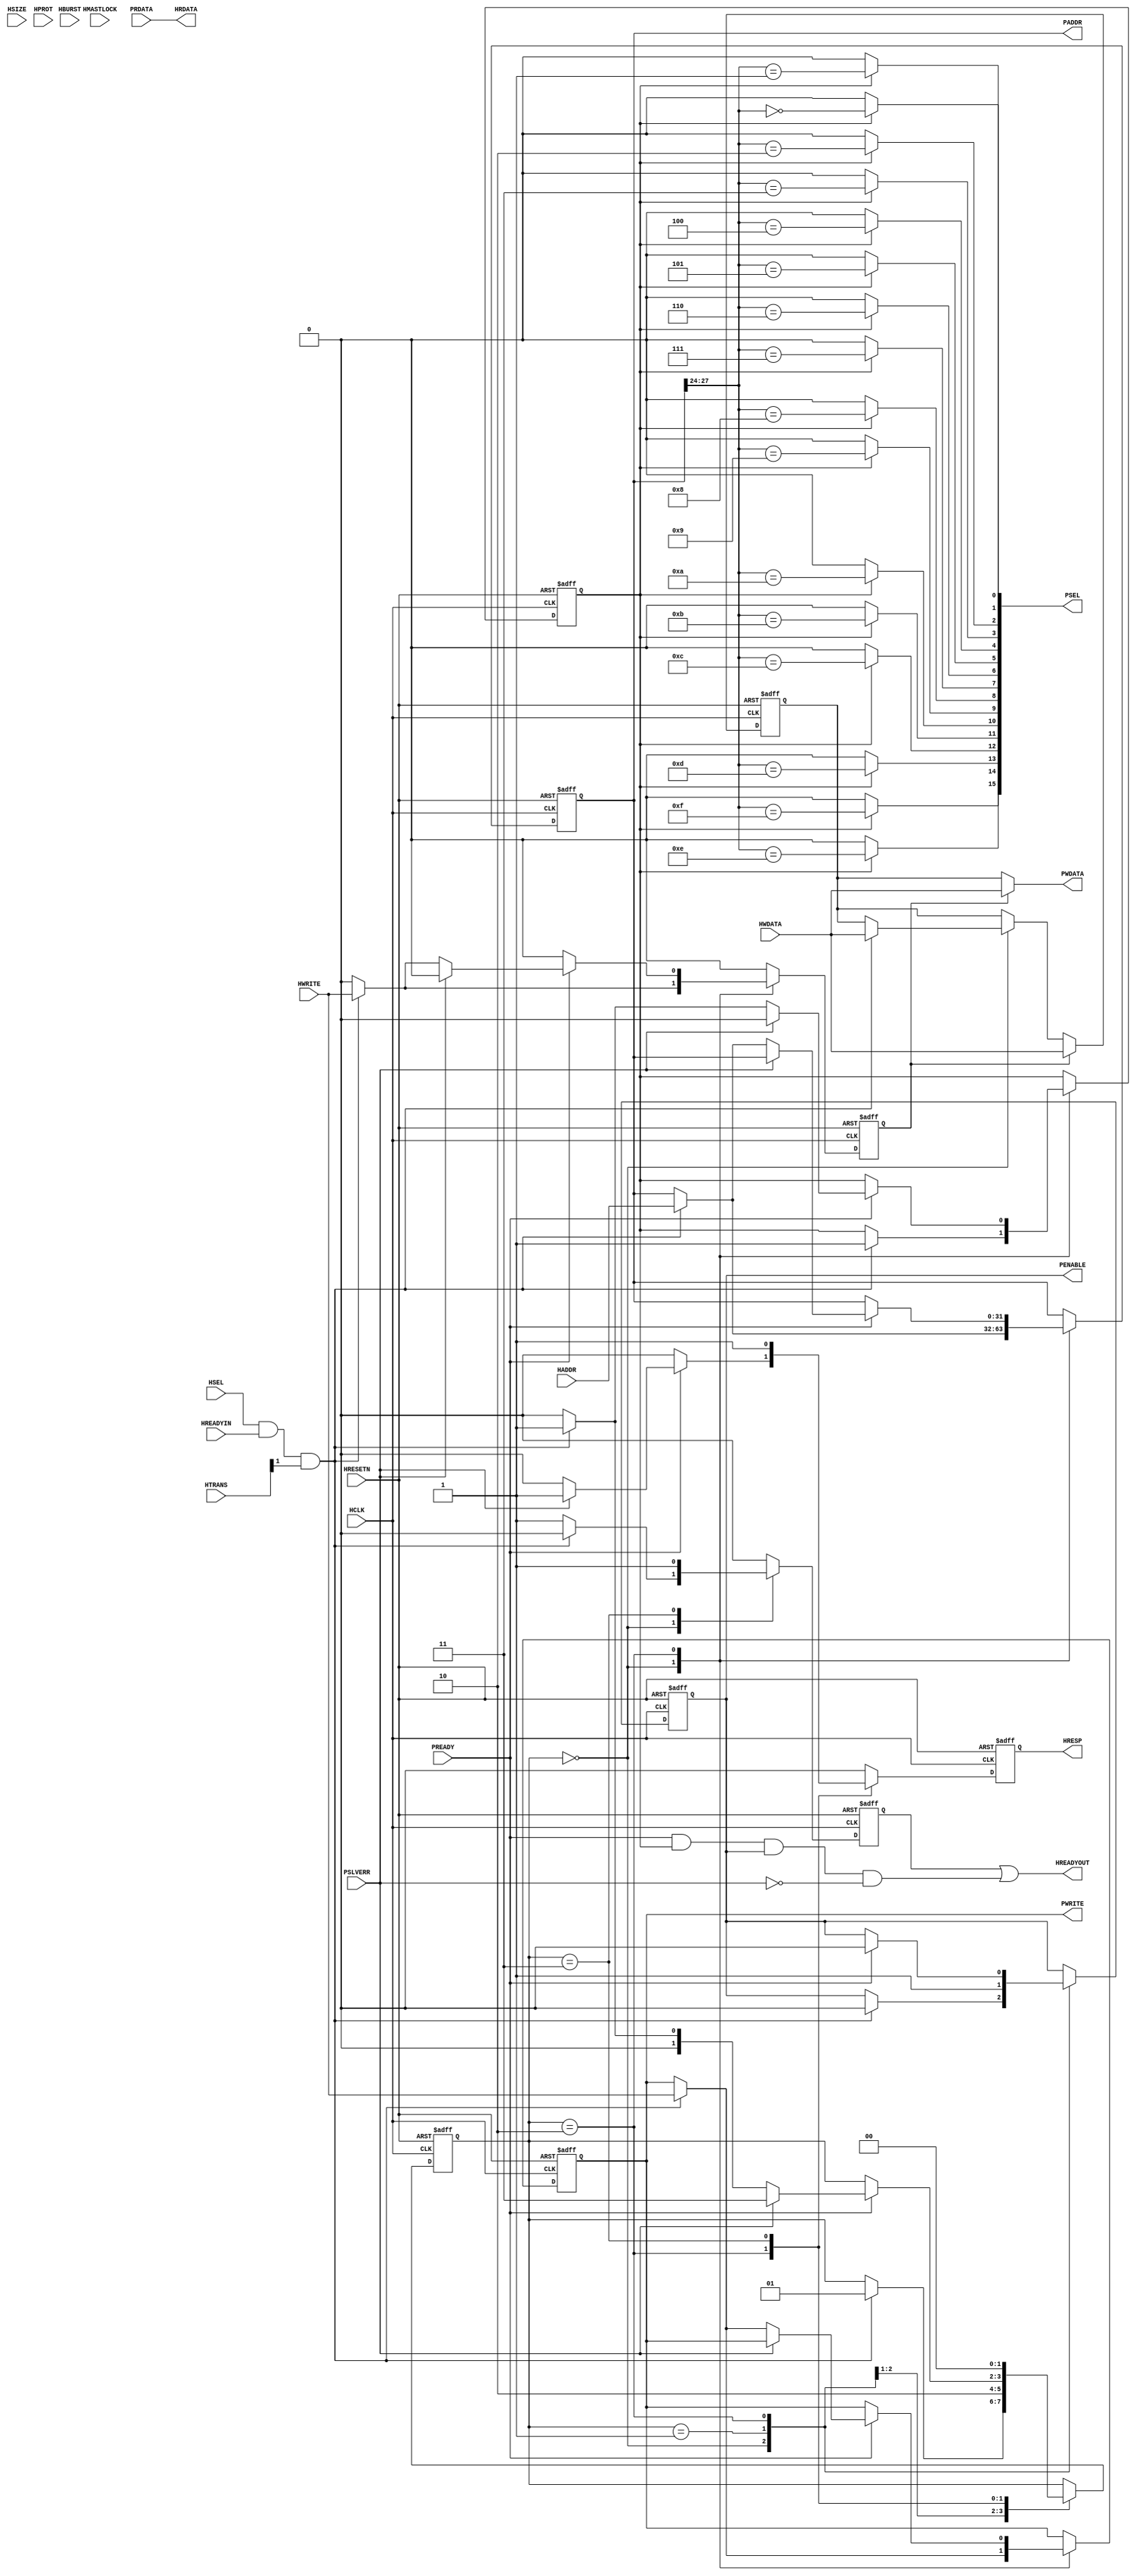
`timescale 1 ns / 100 ps
// ********************************************************************/ 
// Actel Corporation Proprietary and Confidential
// Copyright 2009 Actel Corporation.  All rights reserved.
//
// ANY USE OR REDISTRIBUTION IN PART OR IN WHOLE MUST BE HANDLED IN 
// ACCORDANCE WITH THE ACTEL LICENSE AGREEMENT AND MUST BE APPROVED 
// IN ADVANCE IN WRITING.  
//  
// Description: AMBA BFMs
//              AHB to APB Bridge  
//
// Revision Information:
// Date     Description
// 01Sep07  Initial Release 
// 14Sep07  Updated for 1.2 functionality
// 25Sep07  Updated for 1.3 functionality
// 09Nov07  Updated for 1.4 functionality
//
//
// SVN Revision Information:
// SVN $Revision: 31535 $
// SVN $Date: 2018-03-16 18:51:54 +0530 (Fri, 16 Mar 2018) $
//
//
// Resolved SARs
// SAR      Date     Who  Description
//
//
// Notes: 
// 28Nov07 IPB Updated to increase throughput
//
// *********************************************************************/ 

module CORESPI_BFM_AHB2APB (HCLK, HRESETN, HSEL, HWRITE, HADDR, HWDATA, HRDATA, HREADYIN, HREADYOUT, HTRANS, HSIZE, HBURST, HMASTLOCK, HPROT, HRESP, PSEL, PADDR, PWRITE, PENABLE, PWDATA, PRDATA, PREADY, PSLVERR);

    parameter  TPD  = 1;


    input HCLK; 
    input HRESETN; 
    input HSEL; 
    input HWRITE; 
    input[31:0] HADDR; 
    input[31:0] HWDATA; 
    output[31:0] HRDATA; 
    wire[31:0]  HRDATA;
    input HREADYIN; 
    output HREADYOUT; 
    wire  HREADYOUT;
    input[1:0] HTRANS; 
    input[2:0] HSIZE; 
    input[2:0] HBURST; 
    input HMASTLOCK; 
    input[3:0] HPROT; 
    output HRESP; 
    wire  HRESP;
    output[15:0] PSEL; 
    wire[15:0]  PSEL;
    output[31:0] PADDR; 
    wire[31:0]  PADDR;
    output PWRITE; 
    wire  PWRITE;
    output PENABLE; 
    wire  PENABLE;
    output[31:0] PWDATA; 
    wire[31:0]  PWDATA;
    input[31:0] PRDATA; 
    input PREADY; 
    input PSLVERR; 

    parameter[1:0] T0 = 0; 
    parameter[1:0] T2 = 1; 
    parameter[1:0] T345 = 2; 
    parameter[1:0] TR0 = 3; 
    reg[1:0] STATE; 
    reg HREADYOUT_P0; 
    reg HRESP_P0; 
    reg[15:0] PSEL_P0; 
    reg[31:0] PADDR_P0; 
    reg PWRITE_P0; 
    reg PENABLE_P0; 
    reg[31:0] PWDATA_P0; 
    wire[31:0] PWDATA_MUX; 
    reg DMUX; 
    reg PSELEN; 

    always @(posedge HCLK or negedge HRESETN)
    begin
        if (HRESETN == 1'b0)
        begin
            STATE  <= T0 ; 
            HREADYOUT_P0 <= 1'b1 ; 
            PADDR_P0   <= {32{1'b0}} ; 
            PWDATA_P0  <= {32{1'b0}} ; 
            PWRITE_P0  <= 1'b0 ; 
            PENABLE_P0 <= 1'b0 ; 
            HRESP_P0   <= 1'b0 ; 
            DMUX       <= 1'b0 ; 
            PSELEN     <= 1'b0 ; 
        end
        else
        begin
            HRESP_P0 <= 1'b0 ; 
            HREADYOUT_P0 <= 1'b0 ; 
            DMUX <= 1'b0 ; 
            case (STATE)
                T0 :
                            begin
                                if (HSEL == 1'b1 & HREADYIN == 1'b1 & (HTRANS[1]) == 1'b1)
                                begin
                                    STATE <= T2 ; 
                                    PADDR_P0 <= HADDR ; 
                                    PWRITE_P0 <= HWRITE ; 
                                    PWDATA_P0 <= HWDATA ; 
                                    PENABLE_P0 <= 1'b0 ; 
                                    DMUX <= HWRITE ; 
                                    PSELEN <= 1'b1 ; 
                                end
                                else
                                begin
                                    HREADYOUT_P0 <= 1'b1 ; 
                                end 
                            end
                T2 :
                            begin
                                PENABLE_P0 <= 1'b1 ; 
                                STATE <= T345 ; 
                            end
                T345 :
                            begin
                                if (PREADY == 1'b1)
                                begin
                                    PENABLE_P0 <= 1'b0 ; 
                                    PSELEN <= 1'b0 ; 
                                    if (PSLVERR == 1'b0)
                                    begin
                                        STATE <= T0 ; 
                                        if (HSEL == 1'b1 & HREADYIN == 1'b1 & (HTRANS[1]) == 1'b1)
                                        begin
                                            STATE <= T2 ; 
                                            PADDR_P0 <= HADDR ; 
                                            PWRITE_P0 <= HWRITE ; 
                                            DMUX <= HWRITE ; 
                                            PSELEN <= 1'b1 ; 
                                        end 
                                    end
                                    else
                                    begin
                                        HRESP_P0 <= 1'b1 ; 
                                        STATE <= TR0 ; 
                                    end 
                                end 
                            end
                TR0 :
                            begin
                                HRESP_P0 <= 1'b1 ; 
                                HREADYOUT_P0 <= 1'b1 ; 
                                STATE <= T0 ; 
                            end
            endcase 
            if (DMUX == 1'b1)
            begin
                PWDATA_P0 <= HWDATA ; 
            end 
        end 
    end 

    always @(PADDR_P0 or PSELEN)
    begin
        PSEL_P0 <= {16{1'b0}} ; 
        if (PSELEN == 1'b1)
        begin
            begin : xhdl_3
                integer i;
                for(i = 0; i <= 15; i = i + 1)
                begin
                    PSEL_P0[i] <= (PADDR_P0[27:24] == i) ; 
                end
            end 
        end 
    end 
    	
    assign      PWDATA_MUX = (DMUX == 1'b1) ? HWDATA : PWDATA_P0 ;
    assign #TPD HRDATA     = PRDATA ;
    assign #TPD HREADYOUT  = HREADYOUT_P0 | (PREADY & PSELEN & PENABLE_P0 & ~PSLVERR) ;
    assign #TPD HRESP      = HRESP_P0 ;
    assign #TPD PSEL       = PSEL_P0 ;
    assign #TPD PADDR      = PADDR_P0 ;
    assign #TPD PWRITE     = PWRITE_P0 ;
    assign #TPD PENABLE    = PENABLE_P0 ;
    assign #TPD PWDATA     = PWDATA_MUX ;

endmodule